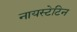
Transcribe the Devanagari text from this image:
नायस्टेटिन